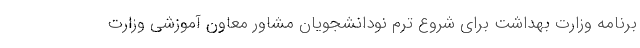
برنامه وزارت بهداشت برای شروع ترم نودانشجویان مشاور معاون آموزشی وزارت